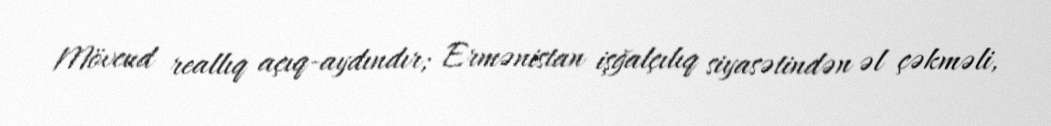
Mövcud reallıq açıq-aydındır; Ermənistan işğalçılıq siyasətindən əl çəkməli,